Annual report of the Punjab Veterinary College and of the Civil Veterinary Department, Punjab - 1894-1908
Year: 1894
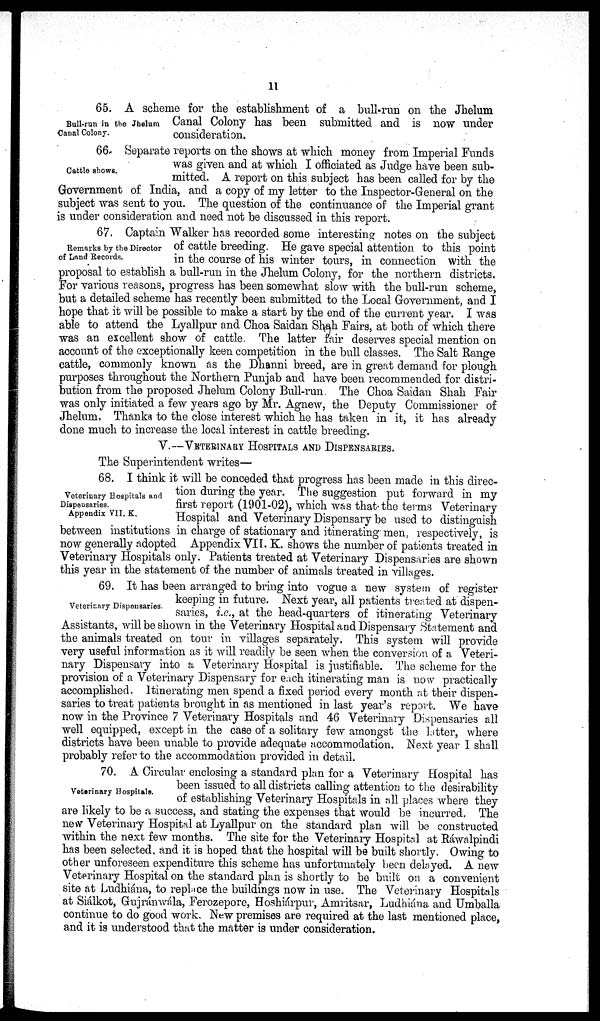
11
Bull-run in the Jhelum
Canal Colony.
65. A scheme for the establishment of a bull-run on the Jhelum
Canal Colony has been submitted and is now under
consideration.
Cattle shows.
66. Separate reports on the shows at which money from Imperial Funds
was given and at which I officiated as Judge have been sub-
mitted. A report on this subject has been called for by the
Government of India, and a copy of my letter to the Inspector-General on the
subject was sent to you. The question of the continuance of the Imperial grant
is under consideration and need not be discussed in this report.
Remarks by the Director
of Land Records.
67. Captain Walker has recorded some interesting notes on the subject
of cattle breeding. He gave special attention to this point
in the course of his winter tours, in connection with the
proposal to establish a bull-run in the Jhelum Colony, for the northern districts.
For various reasons, progress has been somewhat slow with the bull-run scheme,
but a detailed scheme has recently been submitted to the Local Government, and I
hope that it will be possible to make a start by the end of the current year. I was
able to attend the Lyallpur and Choa Saidan Shah Fairs, at both of which there
was an excellent show of cattle. The latter fair deserves special mention on
account of the exceptionally keen competition in the bull classes. The Salt Range
cattle, commonly known as the Dhanni breed, are in great demand for plough
purposes throughout the Northern Punjab and have been recommended for distri-
bution from the proposed Jhelum Colony Bull-run. The Choa Saidan Shah Fair
was only initiated a few years ago by Mr. Agnew, the Deputy Commissioner of
Jhelum, Thanks to the close interest which he has taken in it, it has already
done much to increase the local interest in cattle breeding.
V.—VETERINARY HOSPITALS AND DISPENSARIES.
The Superintendent writes—
Veterinary Hospitals and
Dispensaries.
Appendix VII. K.
68. I think it will be conceded that progress has been made in this direc-
tion during the year. The suggestion put forward in my
first report (1901-02), which was that the terms Veterinary
Hospital and Veterinary Dispensary be used to distinguish
between institutions in charge of stationary and itinerating men, respectively, is
now generally adopted Appendix VII. K. shows the number of patients treated in
Veterinary Hospitals only. Patients treated at Veterinary Dispensaries are shown
this year in the statement of the number of animals treated in villages.
Veterinary Dispensaries.
69. It has been arranged to bring into vogue a new system of register
keeping in future. Next year, all patients treated at dispen-
saries, i.e., at the head-quarters of itinerating Veterinary
Assistants, will be shown in the Veterinary Hospital and Dispensary Statement and
the animals treated on tour in villages separately. This system will provide
very useful information as it will readily be seen when the conversion of a Veteri-
nary Dispensary into a Veterinary Hospital is justifiable. The scheme for the
provision of a Veterinary Dispensary for each itinerating man is now practically
accomplished. Itinerating men spend a fixed period every month at their dispen-
saries to treat patients brought in as mentioned in last year's report. We have
now in the Province 7 Veterinary Hospitals and 46 Veterinary Dispensaries all
well equipped, except in the case of a solitary few amongst the latter, where
districts have been unable to provide adequate accommodation. Next year I shall
probably refer to the accommodation provided in detail.
Veterinary Hospitals.
70. A Circular enclosing a standard plan for a Veterinary Hospital has
been issued to all districts calling attention to the desirability
of establishing Veterinary Hospitals in all places where they
are likely to be a success, and stating the expenses that would be incurred. The
new Veterinary Hospital at Lyallpur on the standard plan will be constructed
within the next few months. The site for the Veterinary Hospital at Ráwalpindi
has been selected, and it is hoped that the hospital will be built shortly. Owing to
other unforeseen expenditure this scheme has unfortunately been delayed. A new
Veterinary Hospital on the standard plan is shortly to be built on a convenient
site at Ludhiána, to replace the buildings now in use. The Veterinary Hospitals
at Siálkot, Gujránwála, Ferozepore, Hoshiárpur, Amritsar, Ludhiána and Umballa
continue to do good work. New premises are required at the last mentioned place,
and it is understood that the matter is under consideration.